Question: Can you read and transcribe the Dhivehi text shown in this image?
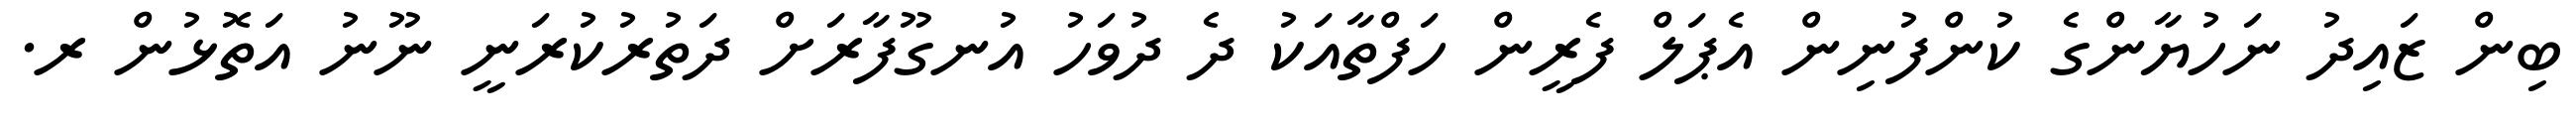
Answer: ބިން ޒައިދު ނަހުޔާންގެ ކުންފުނިން އެޕަލް ފެރީން ހަފްތާއަކު ދެ ދުވަހު އުނގޫފާރަށް ދަތުރުކުރަނީ ނޫނު އަތޮޅުން ރ.